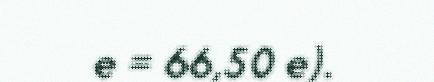
e = 66,50 e).